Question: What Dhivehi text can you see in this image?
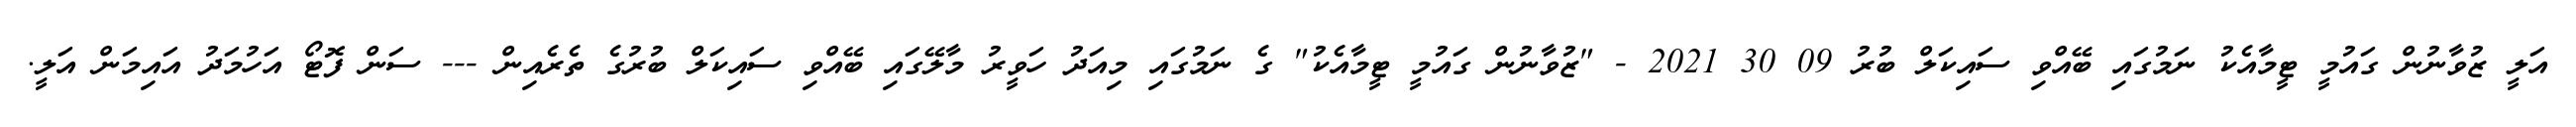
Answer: އަލީ ޒުވާނުން ގައުމީ ޓީމާއެކު ނަމުގައި ބޭއްވި ސައިކަލް ބުރު 09 30 2021 - "ޒުވާނުން ގައުމީ ޓީމާއެކު" ގެ ނަމުގައި މިއަދު ހަވީރު މާލޭގައި ބޭއްވި ސައިކަލް ބުރުގެ ތެރެއިން --- ސަން ފޮޓޯ އަހުމަދު އައިމަން އަލީ.